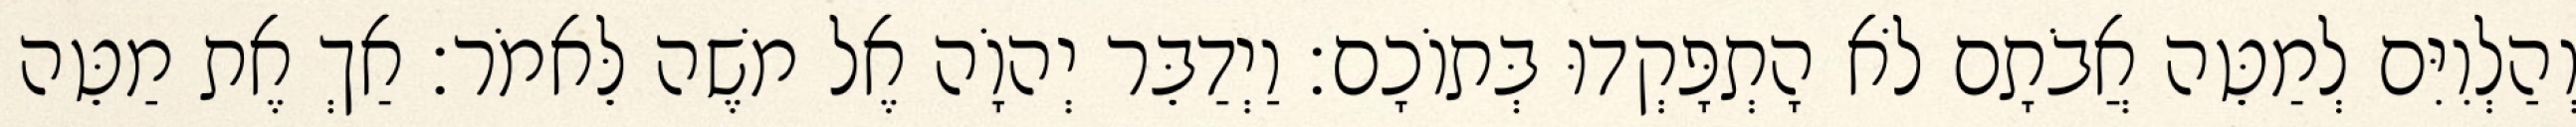
וְהַלְוִיִּם לְמַטֵּה אֲבֹתָם לֹא הָתְפָּקְדוּ בְּתוֹכָם׃ וַיְדַבֵּר יְהוָֹה אֶל משֶׁה לֵּאמֹר׃ אַךְ אֶת מַטֵּה